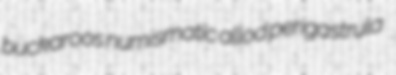
buckaroos numismatic allod perigastrula